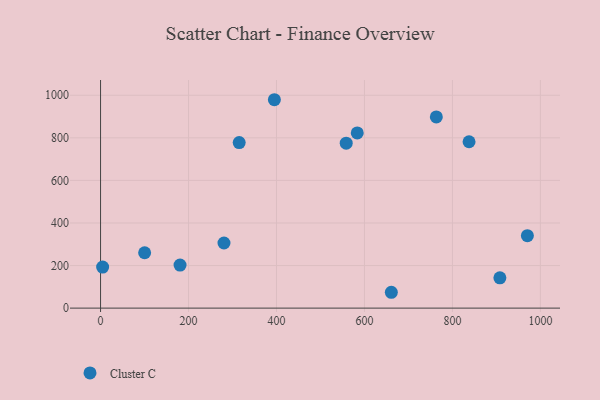
{"axis": {"x": "Price", "y": "Yield"}, "legend": ["Cluster C"], "data": [{"x": "180.7", "y": 202.0, "type": "Cluster C"}, {"x": "970.4", "y": 340.5, "type": "Cluster C"}, {"x": "4.7", "y": 192.6, "type": "Cluster C"}, {"x": "837.8", "y": 781.7, "type": "Cluster C"}, {"x": "763.4", "y": 898.3, "type": "Cluster C"}, {"x": "100.2", "y": 260.2, "type": "Cluster C"}, {"x": "315.2", "y": 777.9, "type": "Cluster C"}, {"x": "280.6", "y": 305.9, "type": "Cluster C"}, {"x": "661.1", "y": 74.4, "type": "Cluster C"}, {"x": "395.2", "y": 979.1, "type": "Cluster C"}, {"x": "558.5", "y": 775.1, "type": "Cluster C"}, {"x": "907.9", "y": 142.1, "type": "Cluster C"}, {"x": "583.6", "y": 822.9, "type": "Cluster C"}]}